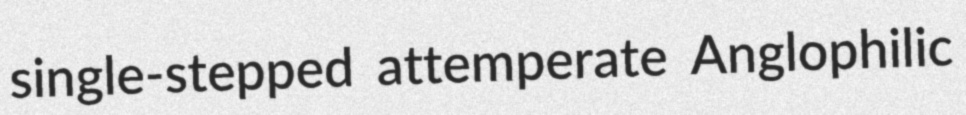
single-stepped attemperate Anglophilic